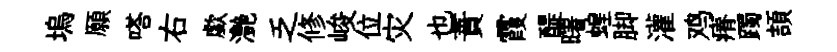
塢願嗒右歔灔乏修峻位灾也蕡霞醍曙蝗脚灌鸡瘠躅頡